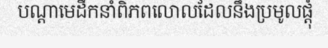
បណ្តាមេដឹកនាំពិភពលោលដែលនឹងប្រមូលផ្តុំ